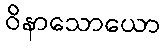
ဝိနာသောယော